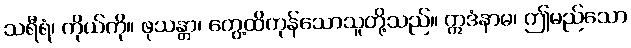
သရီရံ၊ ကိုယ်ကို။ ဖုသန္တာ၊ တွေ့ထိကုန်သောသူတို့သည်။ ဣဒံနာမ၊ ဤမည်သော